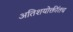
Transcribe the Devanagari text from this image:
अतिशयोक्तींतच